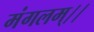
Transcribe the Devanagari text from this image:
मंगलम्।।